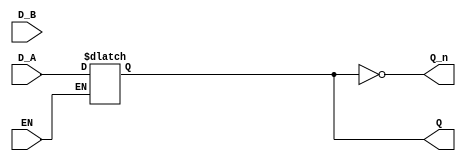
module dual_input_gated_latch (
    input wire D_A,      // Data Input A
    input wire D_B,      // Data Input B
    input wire EN,       // Enable signal
    output reg Q,        // Output Q
    output wire Q_n      // Output not Q
);

// Complement of Q
assign Q_n = ~Q;

// Always block to implement latch behavior
always @ (EN or D_A or D_B) begin
    if (EN) begin
        // Latch behavior: when EN is high, select input
        // You can modify this selection logic as needed
        // Here we prioritize D_A over D_B
        Q <= D_A; // Change this to D_B if you want to prioritize D_B
    end
    // If EN is low, Q retains its previous value (latch behavior)
end

endmodule